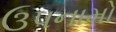
ઉપનામો